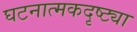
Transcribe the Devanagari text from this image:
घटनात्मकदृष्ट्या